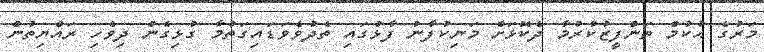
މަރުގެ ޙުކުމް ތަންފީޒުކުރުމާ ދެކޮޅަށް މަނިކުފާނު ފާޅުގައި ތެދުވެވަޑައިގަތުމާ ގުޅިގެން ދިވެހި ރައްޔިތުން